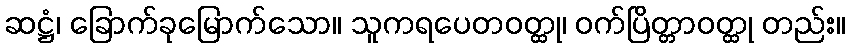
ဆဋ္ဌံ၊ ခြောက်ခုမြောက်သော။ သူကရပေတဝတ္ထု၊ ဝက်ပြိတ္တာဝတ္ထု တည်း။